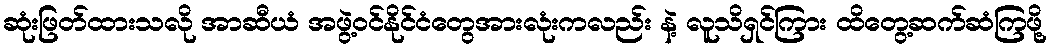
ဆုံးဖြတ်ထားသလို အာဆီယံ အဖွဲ့ဝင်နိုင်ငံတွေအားလုံးကလည်း နဲ့ လူသိရှင်ကြား ထိတွေ့ဆက်ဆံကြဖို့